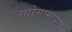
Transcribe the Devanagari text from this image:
सारेगामापा